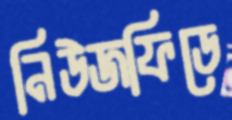
নিউজফিডে